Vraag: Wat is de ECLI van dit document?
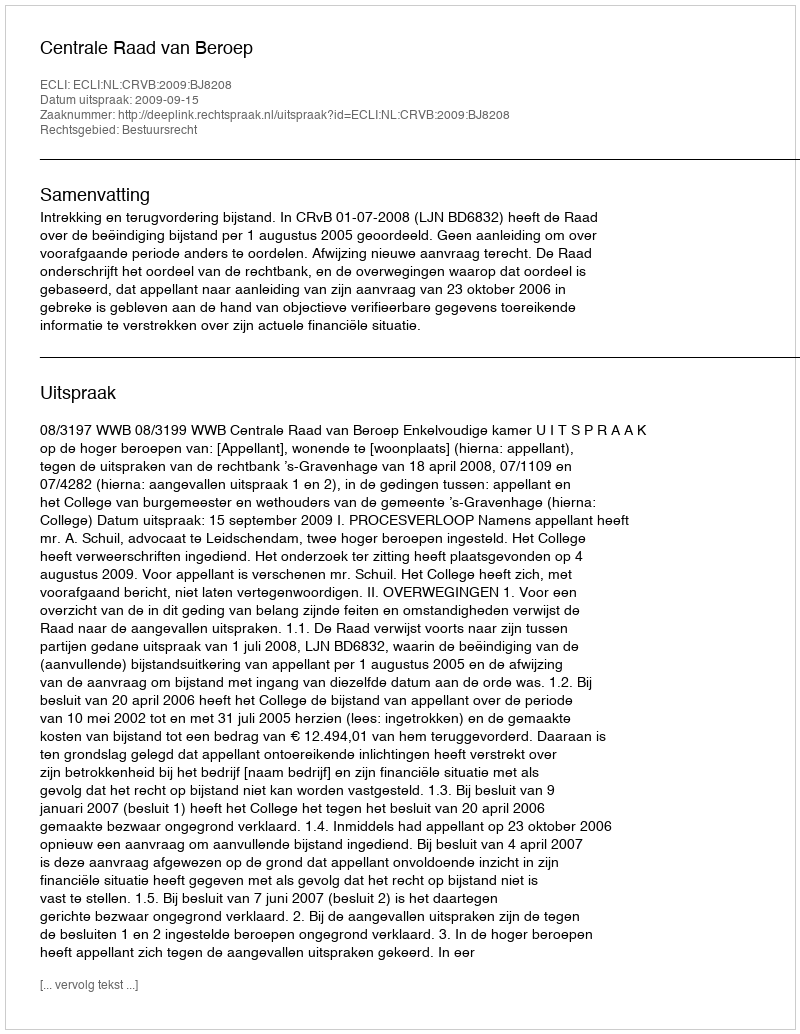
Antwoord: ECLI:NL:CRVB:2009:BJ8208